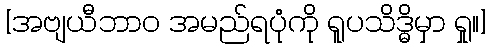
[အဗျယီဘာဝ အမည်ရပုံကို ရူပသိဒ္ဓိမှာ ရှု။]